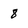
Character: 8